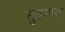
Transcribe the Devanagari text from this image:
सुब्रमाया